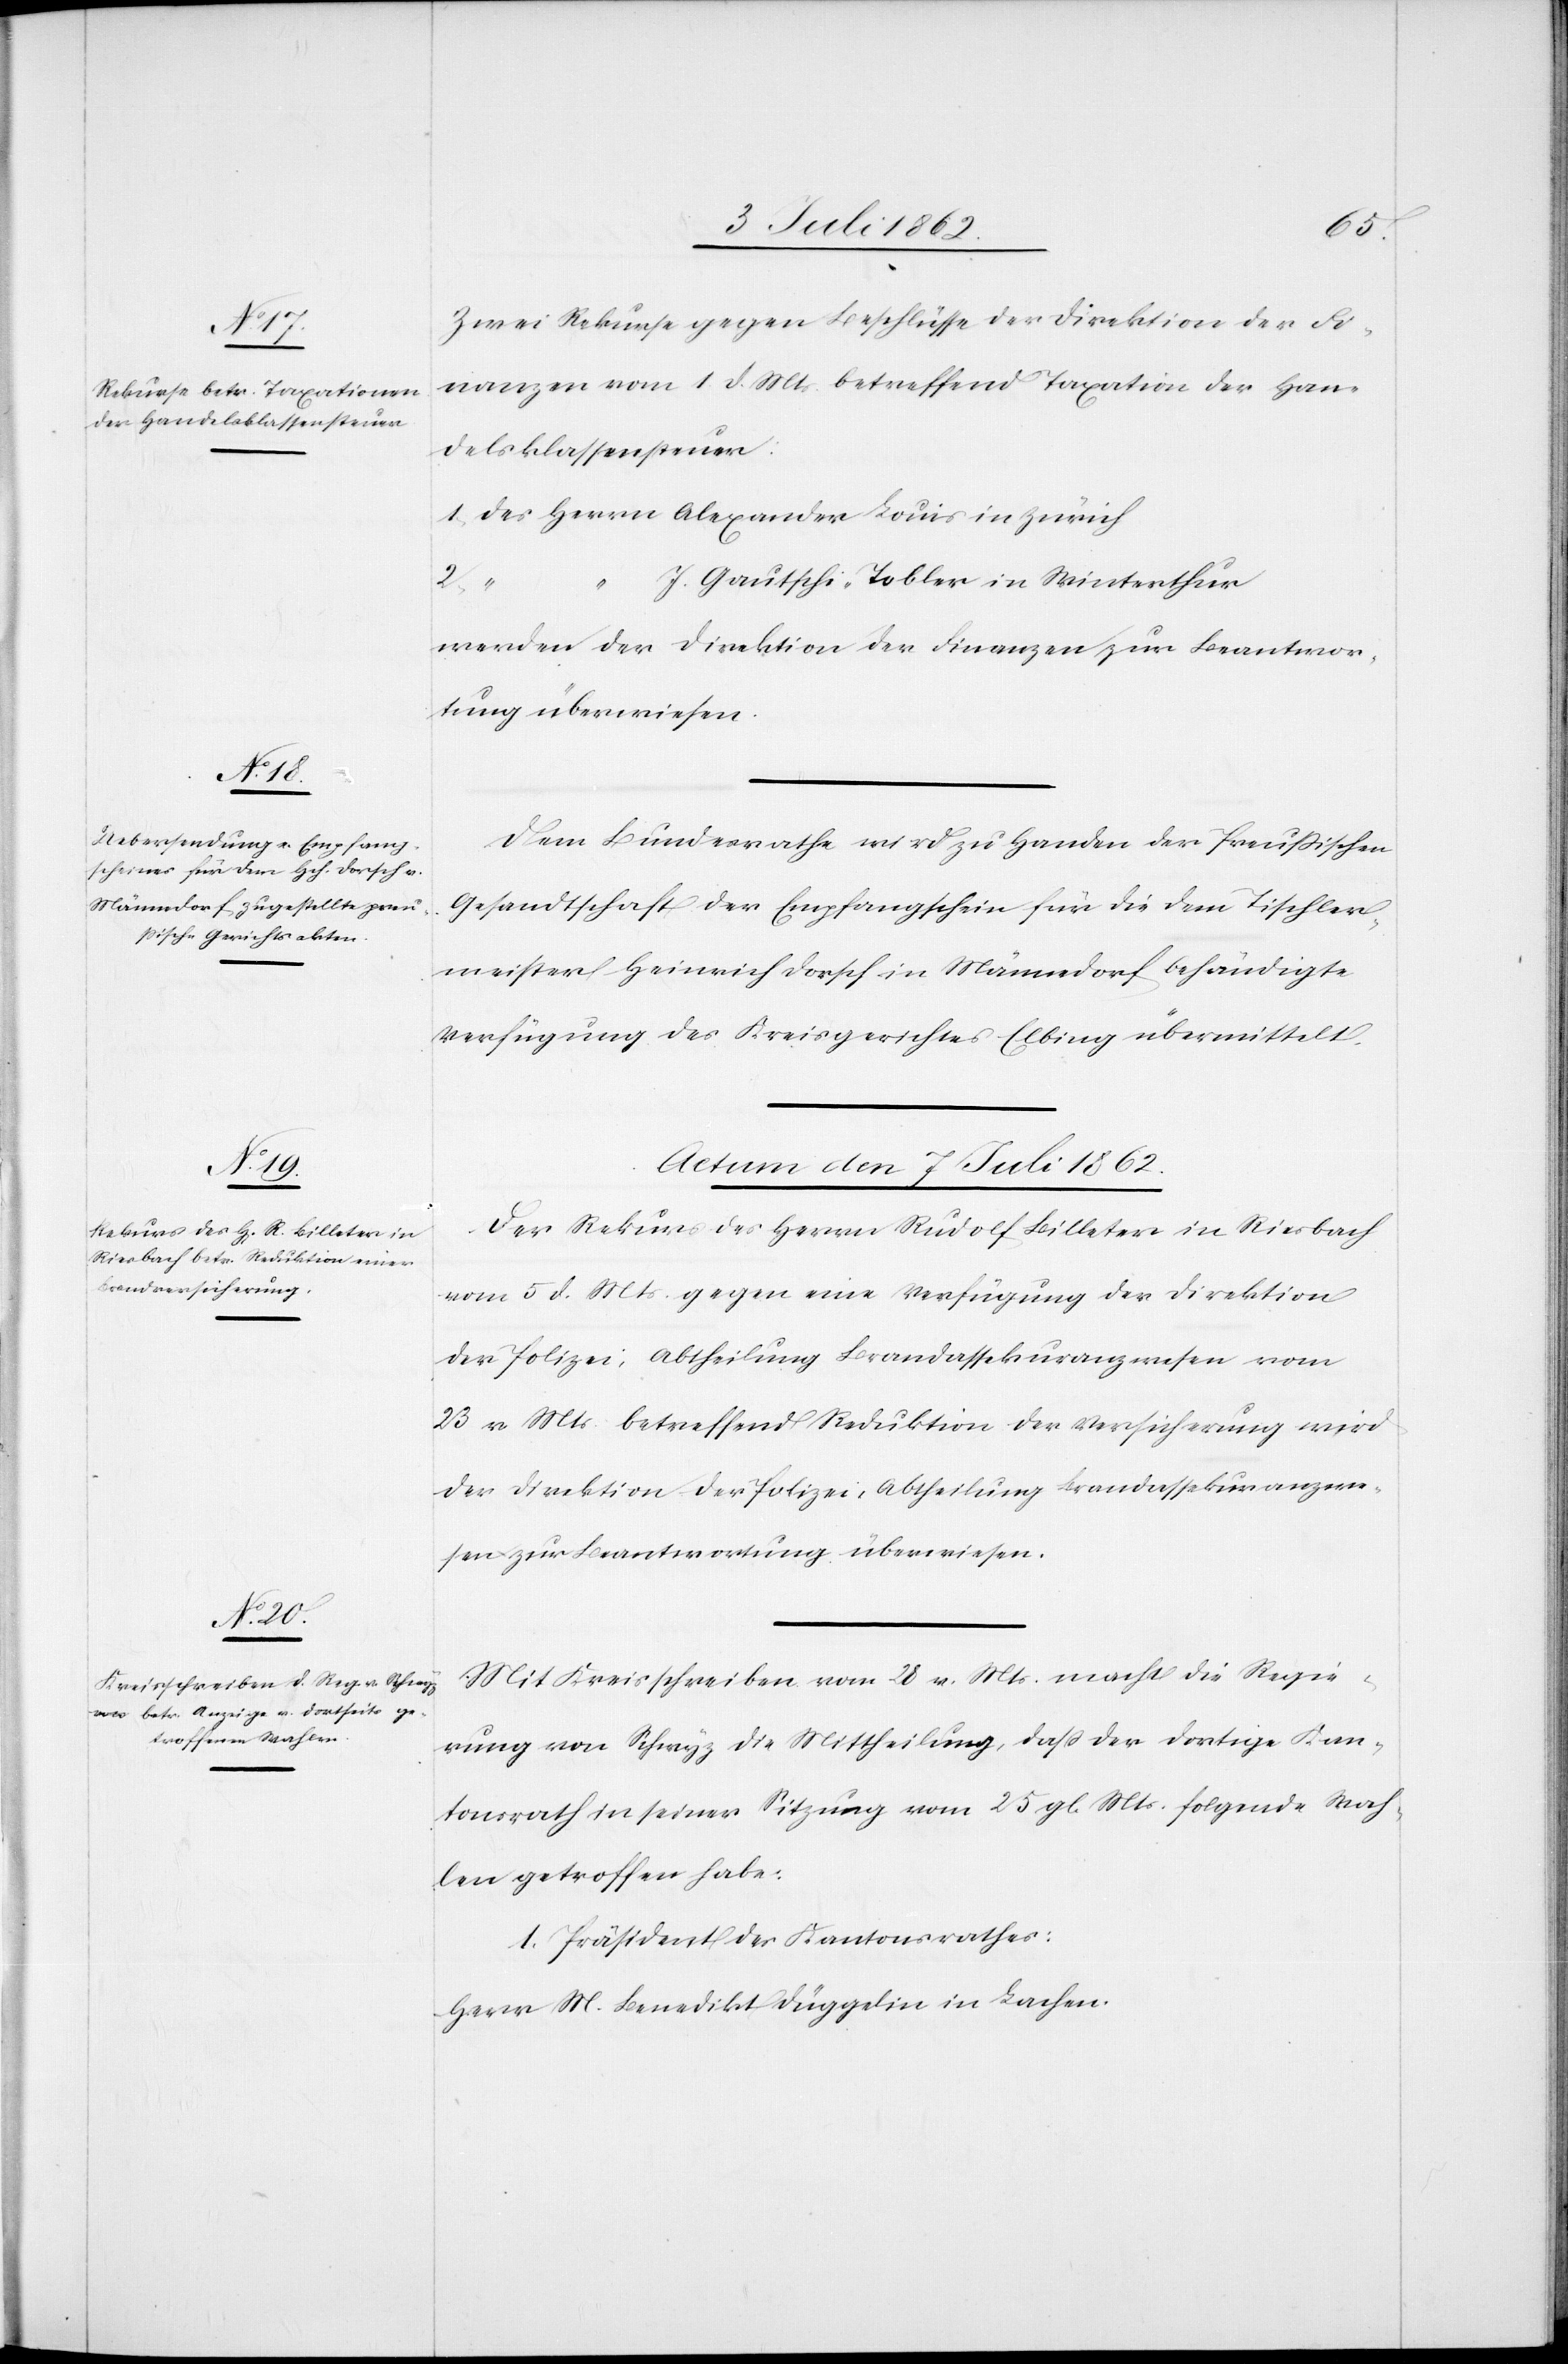
Zwei Rekurse gegen Beschlüsse der Direktion der Fi¬
nanzen vom 1 d. Mts. betreffend Taxation der Han¬
delsklassensteuer:
1. Des Herrn Alexander Louis in Zürich
J. Gautschi-Tobler in Winterthur
2.
werden der Direktion der Finanzen zur Beantwor¬
tung überwiesen.
Dem Bundesrathe wird zu Handen der Preußischen
Gesandtschaft der Empfangschein für die dem Tischler¬
meister Heinrich Dorsch in Männedorf behändigte
Verfügung des Kreisgerichtes Elbing übermittelt.
Actum den 7. Juli 1862.]
Der Rekurs des Herrn Rudolf Billeter in Riesbach
vom 5 d. Mts. gegen eine Verfügung der Direktion
der Polizei, Abtheilung Brandassekuranzwesen vom
23 v. Mts. betreffend Reduktion der Versicherung wird
der Direktion der Polizei, Abtheilung Brandassekuranzwe¬
sen zur Beantwortung überwiesen.
Mit Kreisschreiben vom 28 v. Mts. macht die Regie¬
rung von Schwyz die Mittheilung, daß der dortige Kan¬
tonsrath in seiner Sitzung vom 25 gl. Mts. folgende Wah¬
len getroffen habe:
1. Präsident des Kantonsrathes:
Herr M. Benedikt Düggelin in Lachen.